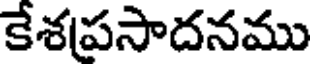
కేశపసాదనము